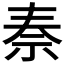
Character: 𥘿